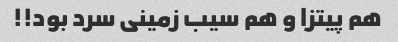
هم پیتزا و هم سیب زمینی سرد بود!!